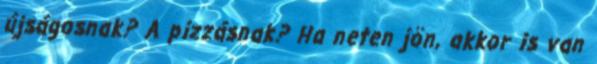
újságosnak? A pizzásnak? Ha neten jön, akkor is van